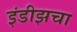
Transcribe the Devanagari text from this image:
इंडीझचा